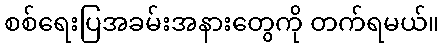
စစ်ရေးပြအခမ်းအနားတွေကို တက်ရမယ်။